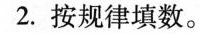
2.按规律填数。